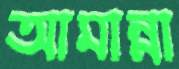
আমান্না